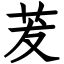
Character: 茇